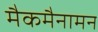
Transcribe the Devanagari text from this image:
मैकमैनामन